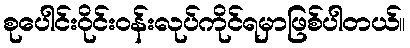
စုပေါင်းဝိုင်းဝန်းလုပ်ကိုင်ရမှာဖြစ်ပါတယ်။